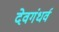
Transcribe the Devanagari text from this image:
देवगंधर्व